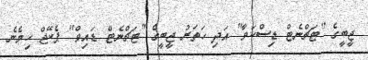
ޖީބީގެ "ޓަޗްނެޓް ޑިސްކަވާ" އަދި ހަތަރު ޖީބީގެ "ޓަޗްނެޓް ޑައިވް" ޕެކޭޖް ހިމެނެ